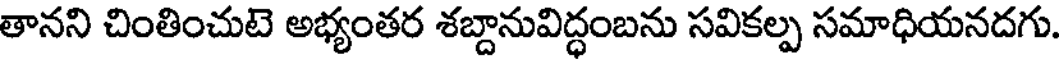
తానని చింతించుటె అభ్యంతర శబ్దానువిద్ధంబను సవికల్ప సమాధియనదగు.